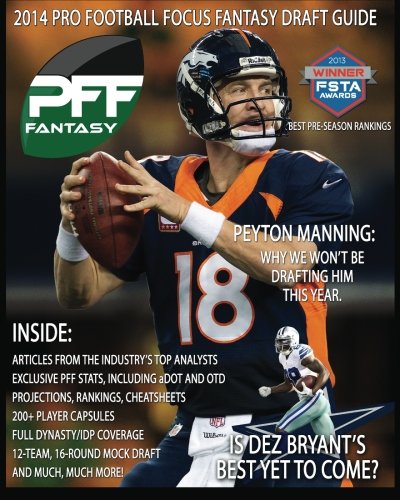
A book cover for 2014 Pro Football Focus Fantasy Draft Guide; Mike Clay; Humor & Entertainment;